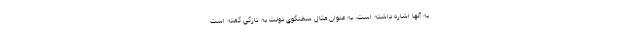
به آنها اشاره داشته است. به عنوان مثال سخنگوي دولت به تازگي گفته است